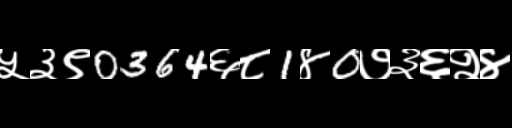
Text: ५३९0364६८1४0७३६२४